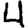
Digit: 4